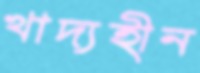
খাদ্যহীন